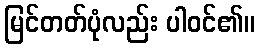
မြင်တတ်ပုံလည်း ပါဝင်၏။